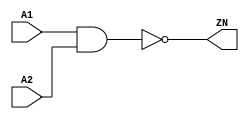
module NAND2_X4 (A1, A2, ZN);
  input A1;
  input A2;
  output ZN;
  not(ZN, i_10);
  and(i_10, A1, A2);
  specify
    (A1 => ZN) = (0.1, 0.1);
    (A2 => ZN) = (0.1, 0.1);
  endspecify
endmodule